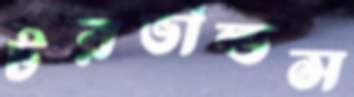
টরভাল্ডস